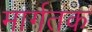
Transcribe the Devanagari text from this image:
मार्गतक